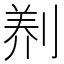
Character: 𭃻